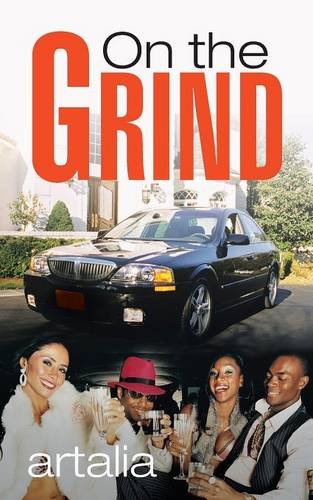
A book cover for On the Grind; Artalia; Romance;